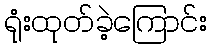
ရုံးထုတ်ခဲ့ကြောင်း